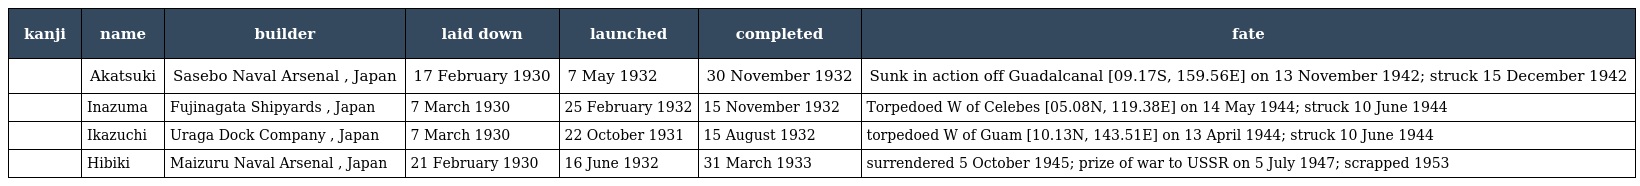
| kanji | name | builder | laid down | launched | completed | fate |
 | --- | --- | --- | --- | --- | --- | --- |
 | 暁 | Akatsuki | Sasebo Naval Arsenal , Japan | 17 February 1930 | 7 May 1932 | 30 November 1932 | Sunk in action off Guadalcanal [09.17S, 159.56E] on 13 November 1942; struck 15 December 1942 |
 | 電 | Inazuma | Fujinagata Shipyards , Japan | 7 March 1930 | 25 February 1932 | 15 November 1932 | Torpedoed W of Celebes [05.08N, 119.38E] on 14 May 1944; struck 10 June 1944 |
 | 雷 | Ikazuchi | Uraga Dock Company , Japan | 7 March 1930 | 22 October 1931 | 15 August 1932 | torpedoed W of Guam [10.13N, 143.51E] on 13 April 1944; struck 10 June 1944 |
 | 響 | Hibiki | Maizuru Naval Arsenal , Japan | 21 February 1930 | 16 June 1932 | 31 March 1933 | surrendered 5 October 1945; prize of war to USSR on 5 July 1947; scrapped 1953 |